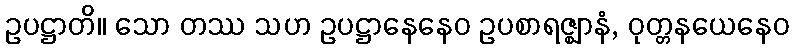
ဥပဋ္ဌာတိ။ သော တဿ သဟ ဥပဋ္ဌာနေနေဝ ဥပစာရဇ္ဈာနံ, ဝုတ္တနယေနေဝ